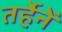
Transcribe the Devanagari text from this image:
तर्हेनें